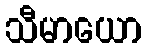
သီမာယော